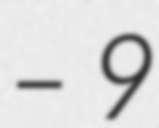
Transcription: – 9